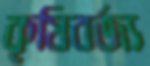
কৃষিবর্জ্য